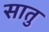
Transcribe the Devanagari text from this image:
सातु